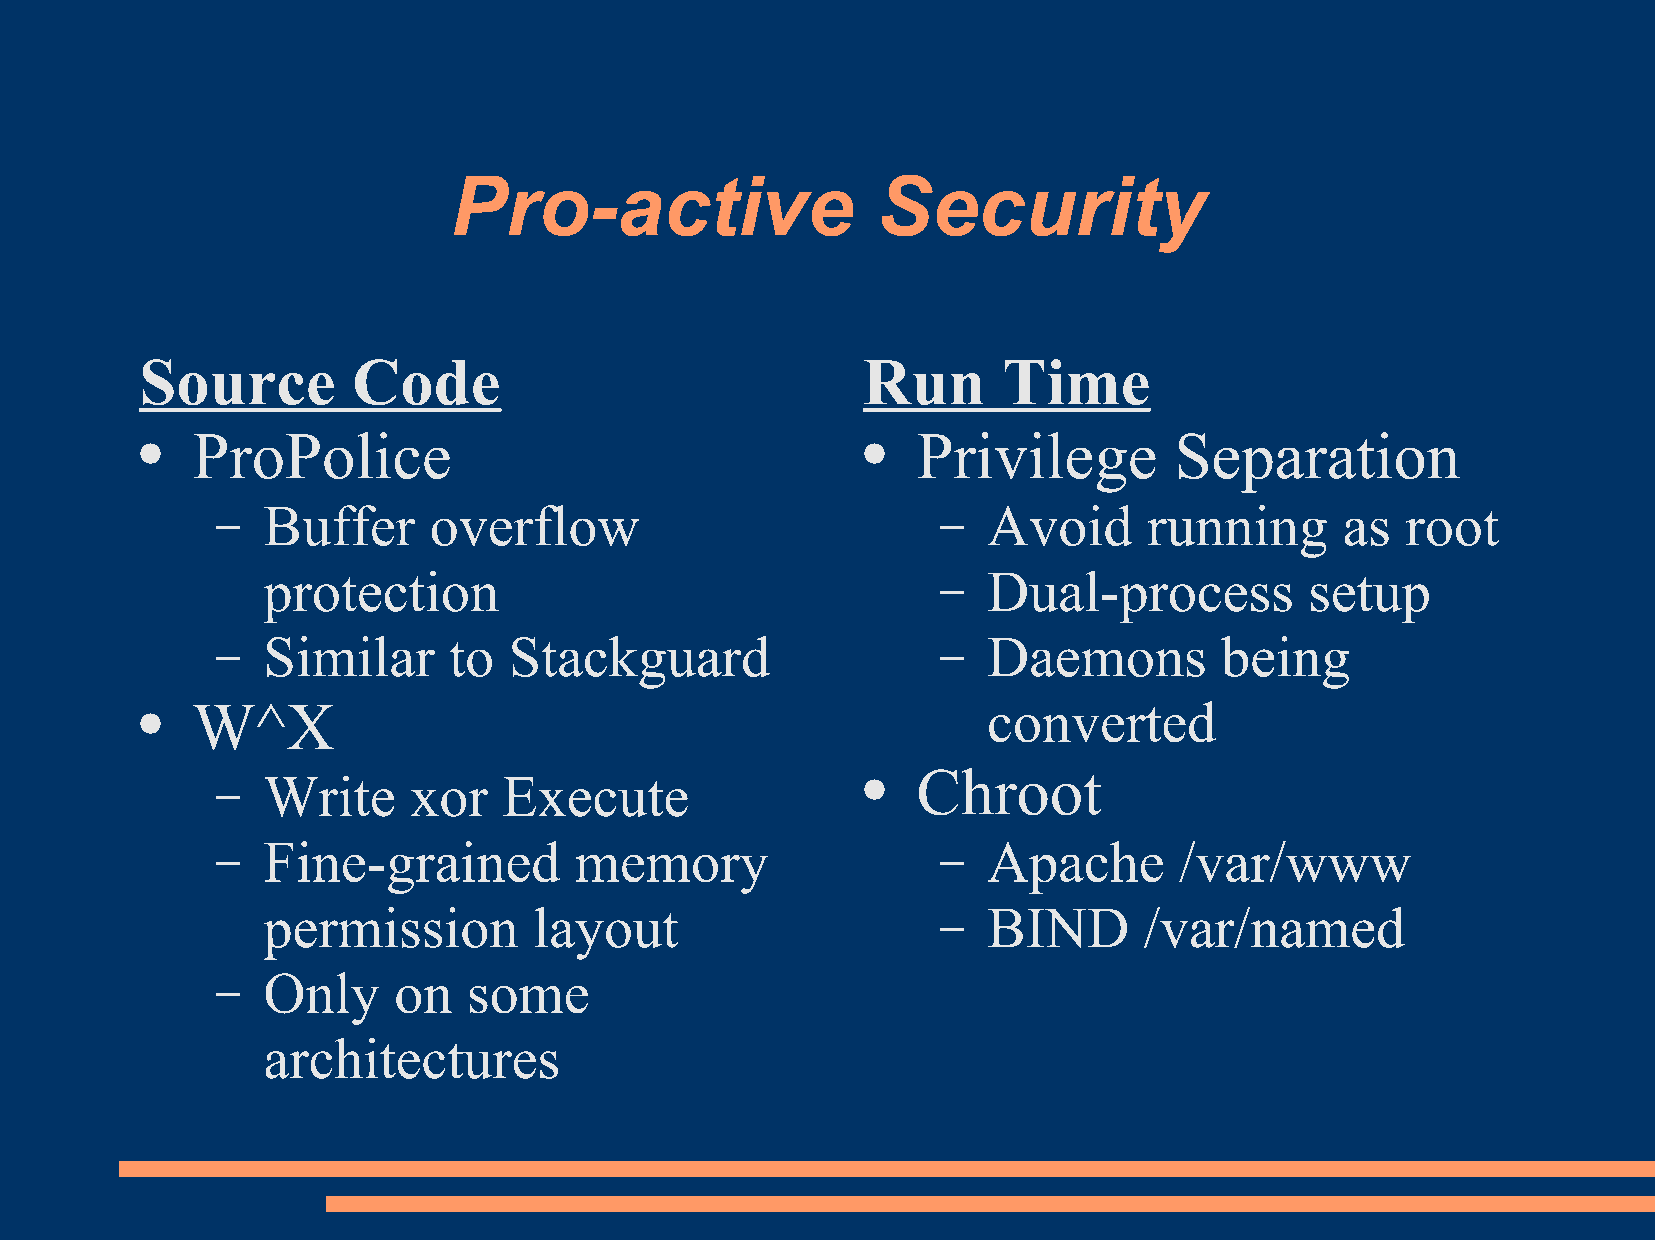
Pro-active                  Security
 Source        Code                              Run      Time
 ProPolice                                       Privilege        Separation
 ●                                               ●
 Buffer     overflow                             Avoid      running      as  root
 –                                               –
 protection                                      Dual-process          setup
 –
 Similar      to  Stackguard                     Daemons         being
 –                                               –
 W^X                                                 converted
 ●
 Chroot
 Write     xor   Execute
 –                                          ●
 Fine-grained         memory                     Apache       /var/www
 –                                               –
 permission        layout                        BIND       /var/named
 –
 Only     on   some
 –
 architectures